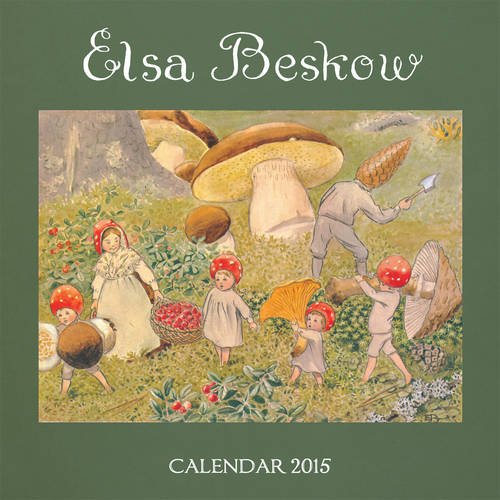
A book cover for Elsa Beskow Calendar 2015: 2015; Elsa Beskow; Calendars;